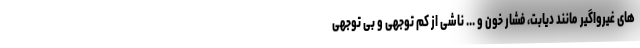
های غیرواگیر مانند دیابت، فشار خون و ... ناشی از کم توجهی و بی توجهی